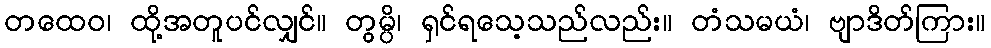
တထေဝ၊ ထို့အတူပင်လျှင်။ တွမ္ပိ၊ ရှင်ရသေ့သည်လည်း။ တံသမယံ၊ ဗျာဒိတ်ကြား။